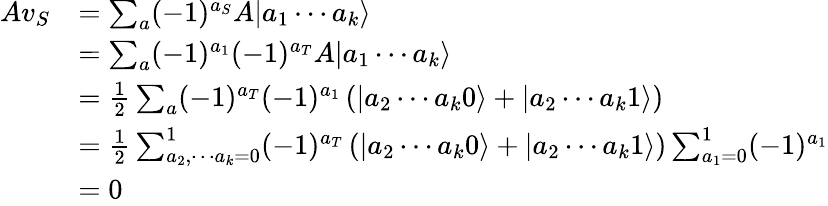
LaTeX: \begin{array}{rl}{Av_{S}}&{=\sum_{a}(-1)^{a_{S}}A|a_{1}\cdots a_{k}\rangle}\\ &{=\sum_{a}(-1)^{a_{1}}(-1)^{a_{T}}A|a_{1}\cdots a_{k}\rangle}\\ &{=\frac{1}{2}\sum_{a}(-1)^{a_{T}}(-1)^{a_{1}}\left(|a_{2}\cdots a_{k}0\rangle+|a_{2}\cdots a_{k}1\rangle\right)}\\ &{=\frac{1}{2}\sum_{a_{2},\cdots a_{k}=0}^{1}(-1)^{a_{T}}\left(|a_{2}\cdots a_{k}0\rangle+|a_{2}\cdots a_{k}1\rangle\right)\sum_{a_{1}=0}^{1}(-1)^{a_{1}}}\\ &{=0}\end{array}